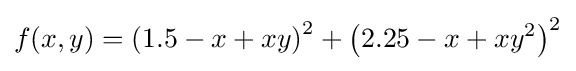
f(x,y)=\left(1.5-x+xy\right)^{2}+\left(2.25-x+xy^{2}\right)^{2}